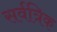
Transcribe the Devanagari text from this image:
सर्वत्रिक